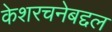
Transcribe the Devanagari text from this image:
केशरचनेबद्दल